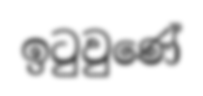
ඉටුවුණේ